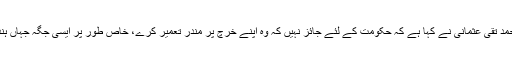
معروف عالم ِ دین مفتی محمد تقی عثمانی نے کہا ہے کہ حکومت کے لئے جائز نہیں کہ وہ اپنے خرچ پر مندر تعمیر کرے، خاص طور پر ایسی جگہ جہاں ہندوؤں کی تعداد بہت کم ہو۔